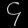
Digit: ၄